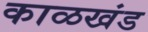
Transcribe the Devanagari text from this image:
काळखंड